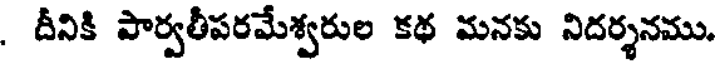
. దీనికి పార్వతీపరమేశ్వరుల కథ మనకు నిదర్శనము.